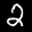
Label: 2